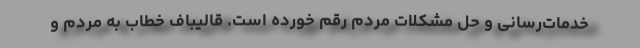
خدمات‌رسانی و حل مشکلات مردم رقم خورده است. قالیباف خطاب به مردم و